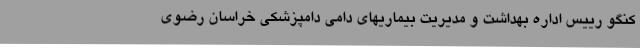
کنگو رییس اداره بهداشت و مدیریت بیماریهای دامی دامپزشکی خراسان رضوی